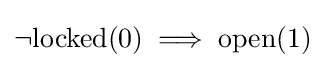
\neg \mathrm {locked} (0)\implies \mathrm {open} (1)